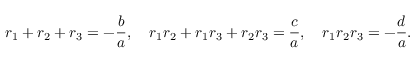
r _ { 1 } + r _ { 2 } + r _ { 3 } = - { \frac { b } { a } } , \quad r _ { 1 } r _ { 2 } + r _ { 1 } r _ { 3 } + r _ { 2 } r _ { 3 } = { \frac { c } { a } } , \quad r _ { 1 } r _ { 2 } r _ { 3 } = - { \frac { d } { a } } .